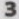
3